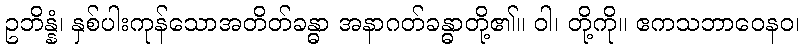
ဥဘိန္နံ၊ နှစ်ပါးကုန်သောအတိတ်ခန္ဓာ အနာဂတ်ခန္ဓာတို့၏။ ဝါ၊ တို့ကို။ ဧကသဘာဝေနဝ၊